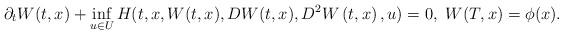
LaTeX: \begin{align*}\begin{array}[c]{l}\partial_{t}W(t,x)+\inf\limits_{u\in U}H(t,x,W(t,x),DW(t,x),D^{2}W\left(t,x\right) ,u)=0,\ W(T,x)=\phi(x).\end{array}\end{align*}